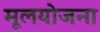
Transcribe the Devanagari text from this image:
मूलयोजना